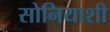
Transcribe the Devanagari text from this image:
सोनियाशी